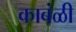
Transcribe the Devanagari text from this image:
काबंळी